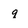
Character: q